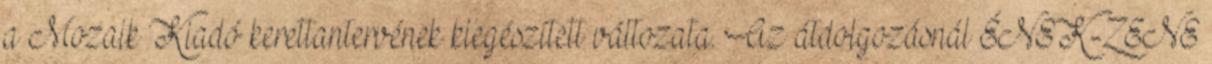
a Mozaik Kiadó kerettantervének kiegészített változata. Az átdolgozásnál ÉNEK-ZENE